Annual administration and progress report of the Indian Medical Department, Bombay
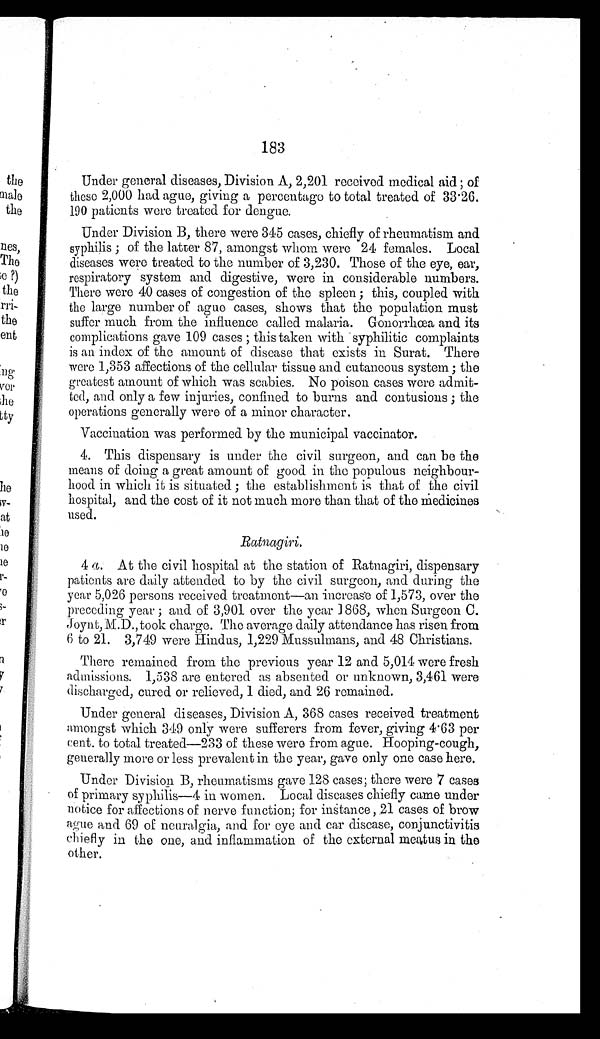
183
Under general diseases, Division A, 2,201 received medical aid ; of
these 2,000 had ague, giving a percentage to total treated of 33.26.
190 patients were treated for dengue.
Under Division B, there were 345 cases, chiefly of rheumatism and
syphilis ; of the latter 87, amongst whom were 24 females. Local
diseases were treated to the number of 3,230. Those of the eye, ear,
respiratory system and digestive, were in considerable numbers.
There were 40 cases of congestion of the spleen ; this, coupled with
the large number of ague cases, shows that the population must
suffer much from the influence called malaria. Gonorrhœa and its
complications gave 109 cases ; this taken with syphilitic complaints
is an index of the amount of disease that exists in Surat. There
were 1,353 affections of the cellular tissue and cutaneous system ; the
greatest amount of which was scabies. No poison cases were admit-
ted, and only a few injuries, confined to burns and contusions ; the
operations generally were of a minor character.
Vaccination was performed by the municipal vaccinator.
4. This dispensary is under the civil surgeon, and can be the
means of doing a great amount of good in the populous neighbour
- h o o d i n w h i c h i t i s s i t u a t e d ; t h e e s t a b l i s h m e n t i s t h a t o f t h e c i v i l
hospital, and the cost of it not much more than that of the medicines
used.
Ratnagiri.
4 a . At the civil hospital at the station of Ratnagiri, dispensary
patients are daily attended to by the civil surgeon, and during the
year 5,026 persons received treatment—an increase of 1,573, over the
preceding year ; and of 3,901 over the year 1868, when Surgeon C.
Joynt,M.D., took charge. The average daily attendance has risen from
6 to 21. 3,749 were Hindus, 1,229 Mussulmans, and 48 Christians.
There remained from the previous year 12 and 5,014 were fresh
admissions. 1,538 are entered as absented or unknown, 3,461 were
discharged, cured or relieved, 1 died, and 26 remained.
Under general diseases, Division A, 368 cases received treatment
amongst which 349 only were sufferers from fever, giving 4.63 per
cent. to total treated—233 of these were from ague. Hooping-cough,
generally more or less prevalent in the year, gave only one case here.
Under Division B, rheumatisms gave 128 cases ; there were 7 cases
of primary syphilis—4 in women. Local diseases chiefly came under
notice for affections of nerve function; for instance, 21 cases of brow
ague and 69 of neuralgia, and for eye and ear disease, conjunctivitis
chiefly in the one, and inflammation of the external meatus in the
other.